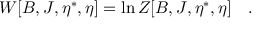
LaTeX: W [ B , J , \eta ^ { \ast } , \eta ] = \ln Z [ B , J , \eta ^ { \ast } , \eta ] \quad .